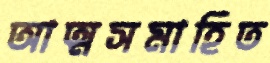
আত্মসমাহিত